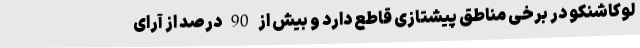
لوکاشنکو در برخی مناطق پیشتازی قاطع دارد و بیش از 90 درصد از آرای